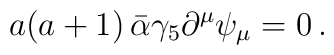
a(a+1)\,\bar\alpha\gamma_5\partial^\mu\psi_\mu=0\,.